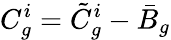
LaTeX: C_{g}^{i}=\tilde{C}_{g}^{i}-\bar{B}_{g}